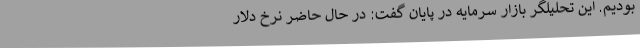
بودیم. این تحلیلگر بازار سرمایه در پایان گفت: در حال حاضر نرخ دلار